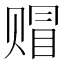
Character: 赗